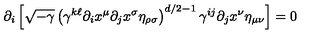
\partial _ { i } \left[ \sqrt { - \gamma } \left( \gamma ^ { k \ell } \partial _ { i } x ^ { \mu } \partial _ { j } x ^ { \sigma } \eta _ { \rho \sigma } \right) ^ { d / 2 - 1 } \gamma ^ { i j } \partial _ { j } x ^ { \nu } \eta _ { \mu \nu } \right] = 0